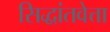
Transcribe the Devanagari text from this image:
सिद्धांतवेत्ता